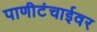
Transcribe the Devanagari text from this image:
पाणीटंचाईवर